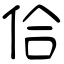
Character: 佮